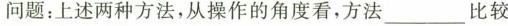
问题：上述两种方法，从操作的角度看，方法___比较